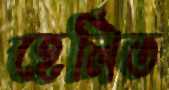
হেলিত